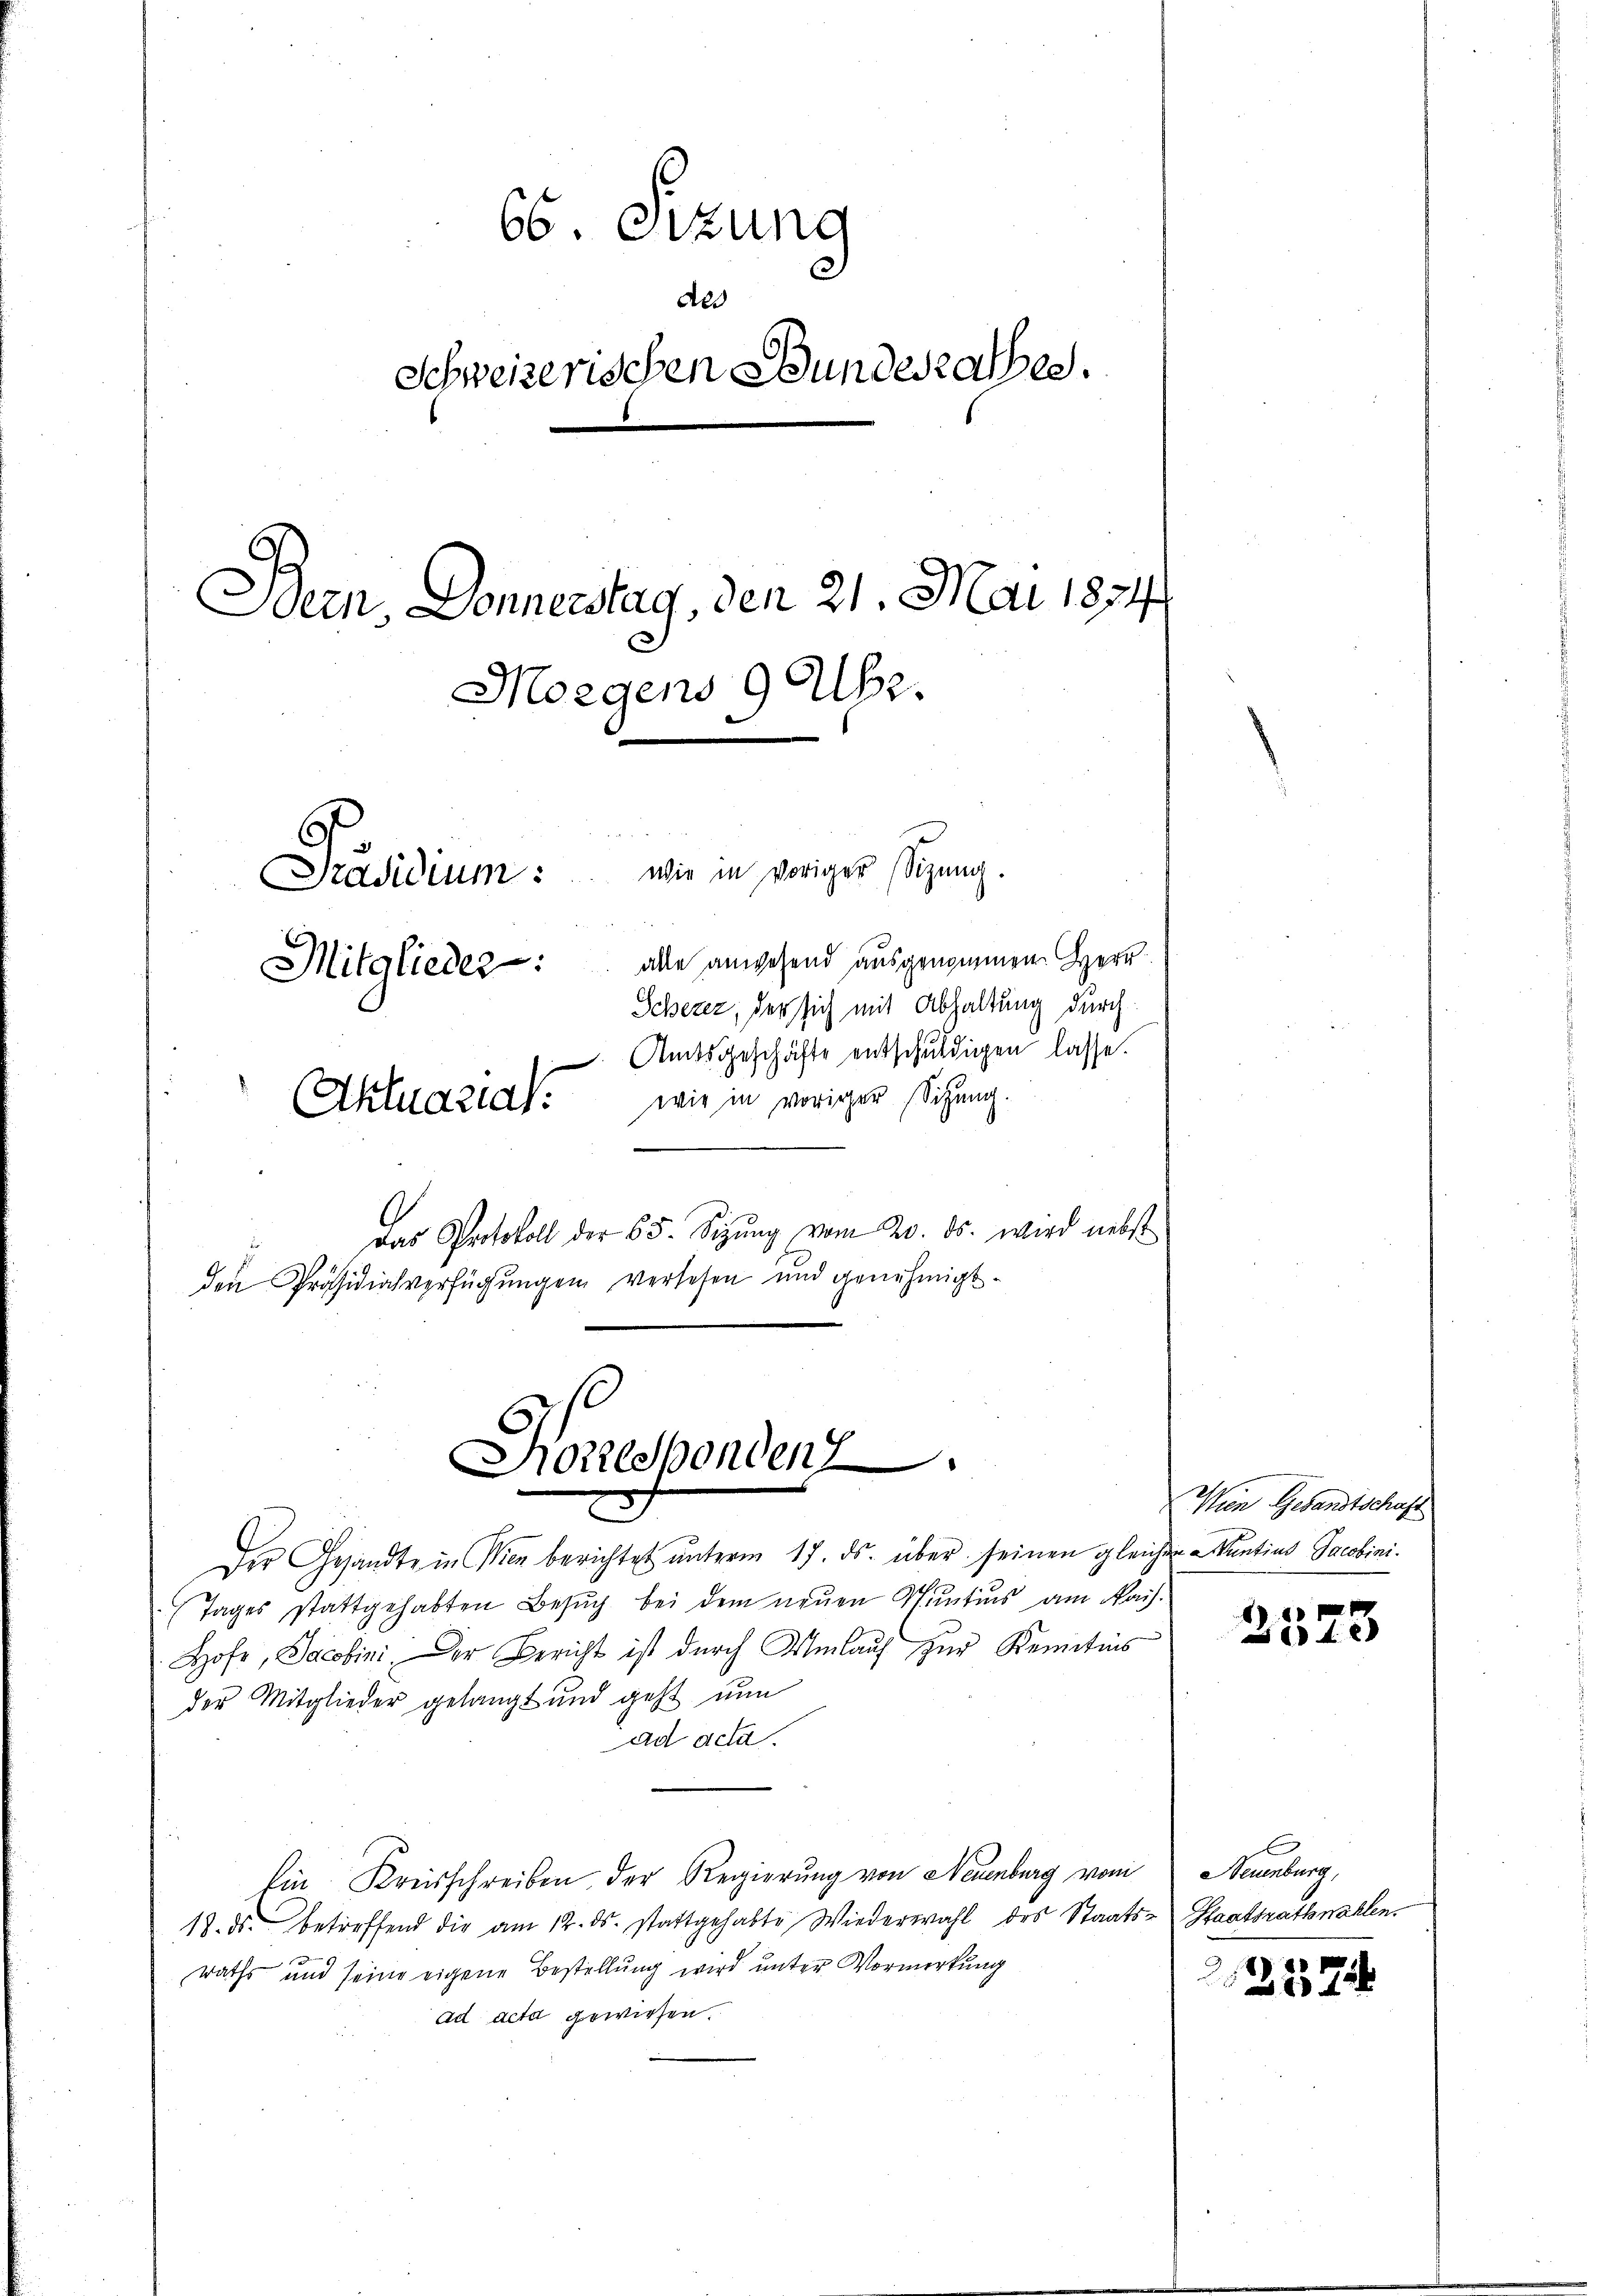
das Protokoll der 65. Sizŭng vom 20. ds. wird nebst
den Präsidialverfügungen verlesen und genehmigt.

66. Sizung
des
Schweizerischen Bundesrathes.
Bern, Donnerstag, den 21. Mai 1874.
Morgens 9 Uhr.
Präsidium: wie in voriger sizung.
Mitglieder: alle anwesend ausgenommen. Herr
Scherer, der sich mit Abhaltung durch
Amtsgeschäfte entschuldigen lasse.
wie in voriger Sitzung.
Aktuaria

Sorresponden.

Der Gesandte in Wien berichtet unterm 17. ds. über seinen glei
Tages stattgehabten Besŭch bei dem neŭen Suntius am Nach
Hofe, Jacobini. Der Bericht ist durch Umlauf zur Kenntnis
der Mitglieder gelangt und geht nun
ad acta.
Ein Kreisschreiben der Regierung von Neuenburg vom Neuenburg,
17. ds. betreffend die am 12. ds. stattgehabte Wiederwahl des Staats- Staatsrath nahlen.
raths und seine eigene Bestellung wird unter Vormerkung
ad acta gewiesen.

Wien Gesandtschaft
chen Muntius Jacobini.

24

227